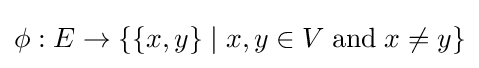
\phi :E\to \{\{x,y\}\mid x,y\in V\;{\textrm {and}}\;x\neq y\}